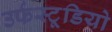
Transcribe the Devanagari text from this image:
उर्फस्टूडियो